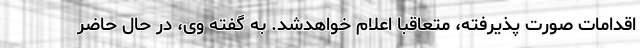
اقدامات صورت پذیرفته، متعاقباً اعلام خواهدشد. به گفته وی، در حال حاضر